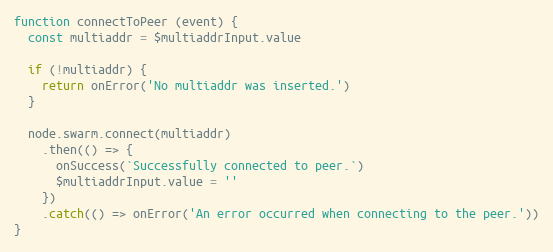
Language: JavaScript
function connectToPeer (event) {
  const multiaddr = $multiaddrInput.value

  if (!multiaddr) {
    return onError('No multiaddr was inserted.')
  }

  node.swarm.connect(multiaddr)
    .then(() => {
      onSuccess(`Successfully connected to peer.`)
      $multiaddrInput.value = ''
    })
    .catch(() => onError('An error occurred when connecting to the peer.'))
}